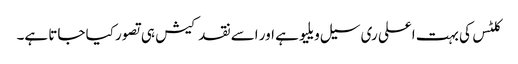
کلٹس کی بہت اعلی ری سیل ویلیو ہے اور اسے نقد کیش ہی تصور کیا جاتا ہے۔